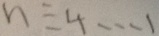
n \div 4 \cdots 1